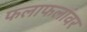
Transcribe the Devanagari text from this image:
फलाफलांवर